Vaccination North-Western Provinces 1866-1877 - 1866-1877
Year: 1866
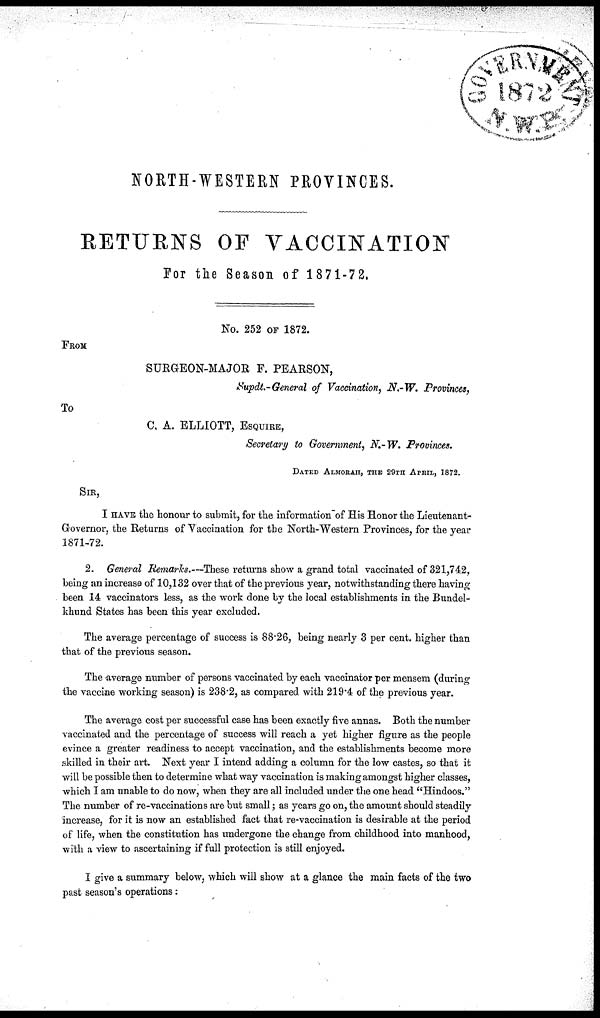
NORTH-WESTERN PROVINCES.
RETURNS OF VACCINATION
For the Season of 1871-72.
No. 252 OF 1872.
FROM
SURGEON-MAJOR F. PEARSON,
Supdt.-General of Vaccination, N.-W. Provinces,
To
C, A. ELLIOTT, ESQUIRE,
Secretary to Government, N.-W. Provinces,
DATED ALMORAH, THE 29TH APRIL, 1872.
SIR,
I HAVE the honour to submit, for the information of His Honor the Lieutenant¬
Governor, the Returns of Vaccination for the North-Western Provinces, for the year
1871-72.
2. General Remarks.—These returns show a grand total vaccinated of 321,742,
being an increase of 10,132 over that of the previous year, notwithstanding there having
been 14 vaccinators less, as the work done by the local establishments in the Bundel¬
khund States has been this year excluded.
The average percentage of success is 88.26, being nearly 3 per cent. higher than
that of the previous season.
The average number of persons vaccinated by each vaccinator per mensem (during
the vaccine working season) is 238.2, as compared with 219.4 of the previous year.
The average cost per successful case has been exactly five annas. Both the number
vaccinated and the percentage of success will reach a yet higher figure as the people
evince a greater readiness to accept vaccination, and the establishments become more
skilled in their art. Next year I intend adding a column for the low castes, so that it
will be possible then to determine what way vaccination is making amongst higher classes,
which I am unable to do now, when they are all included under the one head "Hindoos."
The number of re-vaccinations are but small; as years go on, the amount should steadily
increase, for it is now an established fact that re-vaccination is desirable at the period
of life, when the constitution has undergone the change from childhood into manhood,
with a view to ascertaining if full protection is still enjoyed.
I give a summary below, which will show at a glance the main facts of the two
past season's operations: